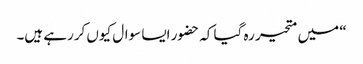
“ میں متحیر رہ گیا کہ حضور ایسا سوال کیوں کررہے ہیں۔